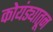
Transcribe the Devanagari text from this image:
कोयंड्यातून